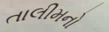
તાલીમનો